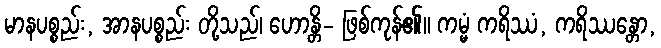
မာနပစ္စည်း, အာနပစ္စည်း တို့သည်၊ ဟောန္တိ- ဖြစ်ကုန်၏။ ကမ္မံ ကရိဿံ, ကရိဿန္တော,